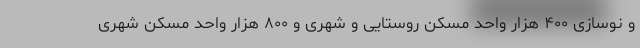
و نوسازی ۴۰۰ هزار واحد مسکن روستایی و شهری و ۸۰۰ هزار واحد مسکن شهری